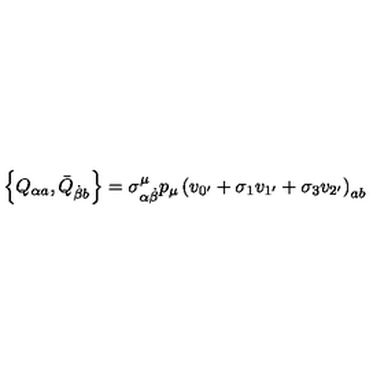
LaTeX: \left\{ Q _ { \alpha a } , \bar { Q } _ { \dot { \beta } b } \right\} = \sigma _ { \alpha \dot { \beta } } ^ { \mu } p _ { \mu } \left( v _ { 0 ^ { \prime } } + \sigma _ { 1 } v _ { 1 ^ { \prime } } + \sigma _ { 3 } v _ { 2 ^ { \prime } } \right) _ { a b }